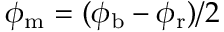
\phi _ { \mathrm { m } } = ( \phi _ { \mathrm { b } } - \phi _ { \mathrm { r } } ) / 2